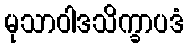
မုသာဝါဒသိက္ခာပဒံ